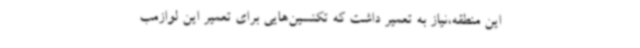
این منطقه،نیاز به تعمیر داشت که تکنسین‌هایی برای تعمیر این لوازمب